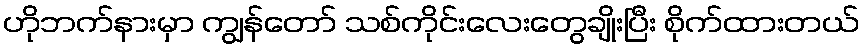
ဟိုဘက်နားမှာ ကျွန်တော် သစ်ကိုင်းလေးတွေချိုးပြီး စိုက်ထားတယ်